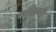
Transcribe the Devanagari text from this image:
ज्योफ़री